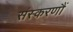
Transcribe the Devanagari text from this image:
संस्करणौं